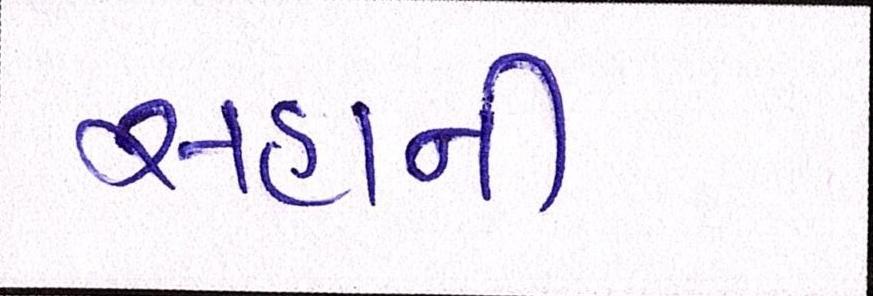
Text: સહાની